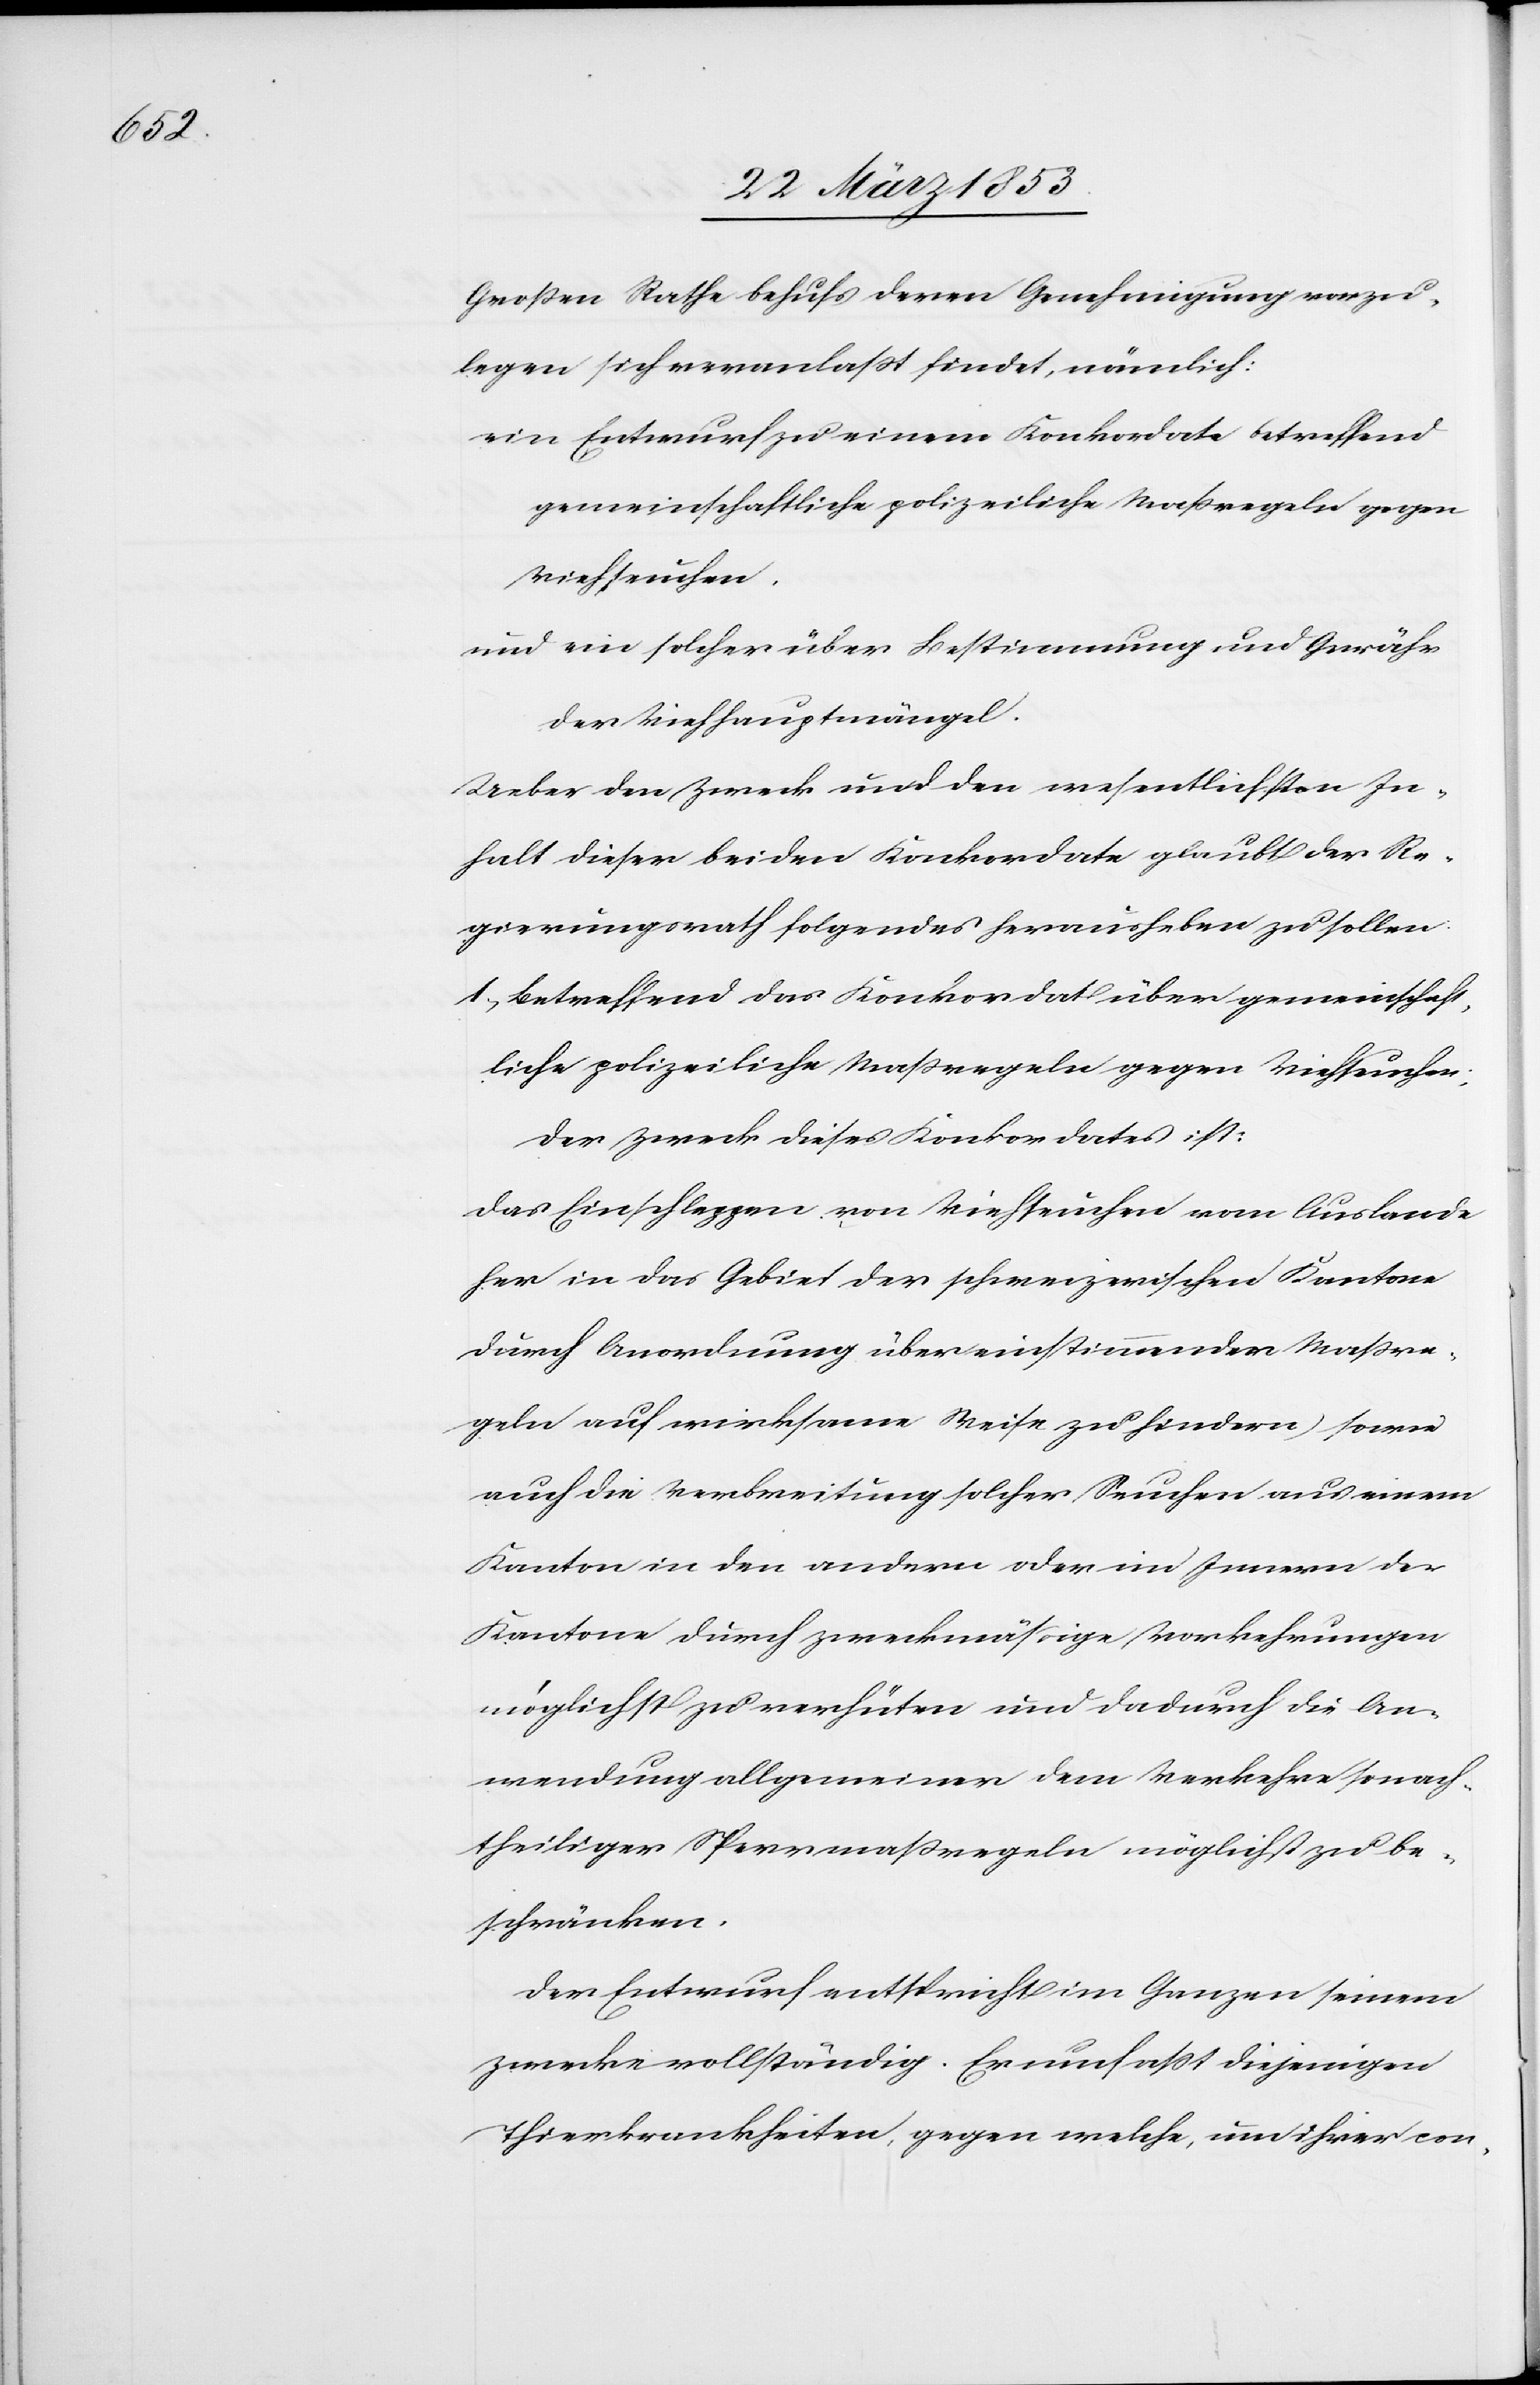
Großen Rathe behufs deren Genehmigung vorzu¬
legen sich veranlaßt findet, nämlich:
ein Entwurf zu einem Konkordate betreffend
gemeinschaftliche polizeiliche Maßregeln gegen
Viehseuchen.
und ein solcher über Bestimmung und Gewähr
der Viehhauptmängel.
Ueber den Zweck und den wesentlichsten In¬
halt dieser beiden Konkordate glaubt der Re¬
gierungsrath folgendes herausheben zu sollen.
1, betreffend das Konkordat über gemeinschaft¬
liche polizeiliche Maßregeln gegen Viehseuchen;
der Zweck dieses Konkordates ist;
Das Einschleppen von Viehseuchen vom Auslande
her in das Gebiet der schweizerischen Kantone
durch Anordnung übereinstimmender Maßre¬
geln auf wirksame Weise zu hindern, sowie
auch die Verarbeitung solcher Seuchen aus einem
Kanton in den andern oder im Innern der
Kantone durch zweckmäßige Vorkehrungen
möglichst zu verhüten und dadurch die An¬
wendung allgemeiner dem Verkehre so nach¬
theiliger Sperrmaßregeln möglichst zu be¬
schränken.
Der Entwurf entspricht im Ganzen seinem
Zwecke vollständig. Er umfaßt diejenigen
Thierkrankheiten, gegen welche, um ihrer con-